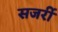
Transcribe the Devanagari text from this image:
सजर्री